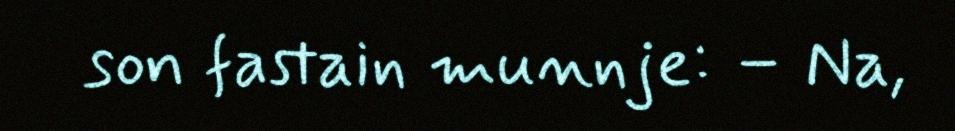
son fastain munnje: – Na,